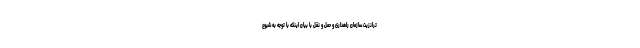
ترانزیت سازمان راهداری و حمل و نقل با بیان اینکه با توجه به شیوع